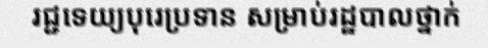
រជ្ជទេយ្យបុរេប្រទាន សម្រាប់រដ្ឋបាលថ្នាក់